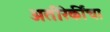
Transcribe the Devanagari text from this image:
अतीरेकींचा